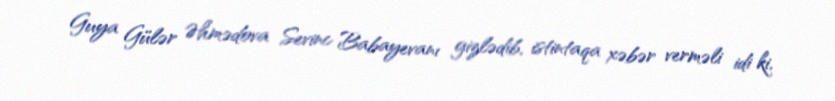
Guya Gülər Əhmədova Sevinc Babayevanı gizlədib, istintaqa xəbər verməli idi ki,